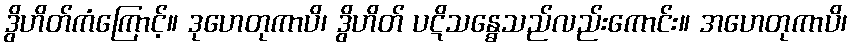
ဒွိဟိတ်ကံကြောင့်။ ဒုဟေတုကာပိ၊ ဒွိဟိတ် ပဋိသန္ဓေသည်လည်းကောင်း။ အဟေတုကာပိ၊